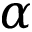
\alpha